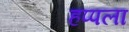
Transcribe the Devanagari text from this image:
हप्पला